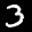
Label: 3